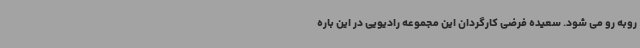
روبه رو می شود. سعیده فرضی کارگردان این مجموعه رادیویی در این باره